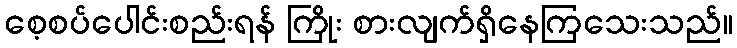
စေ့စပ်ပေါင်းစည်းရန် ကြိုး စားလျက်ရှိနေကြသေးသည်။